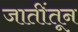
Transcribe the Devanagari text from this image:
जातींतून